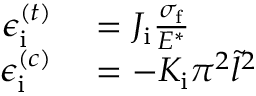
\begin{array} { r l } { \epsilon _ { \mathrm { i } } ^ { ( t ) } } & { { } = J _ { \mathrm { i } } \frac { \sigma _ { \mathrm { f } } } { E ^ { * } } } \\ { \epsilon _ { \mathrm { i } } ^ { ( c ) } } & { { } = - K _ { \mathrm { i } } \pi ^ { 2 } \tilde { l } ^ { 2 } } \end{array}